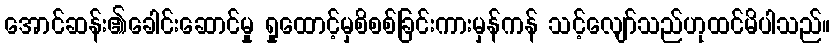
အောင်ဆန်း၏ခေါင်းဆောင်မှု ရှုထောင့်မှစိစစ်ခြင်းကားမှန်ကန် သင့်လျော်သည်ဟုထင်မိပါသည်။